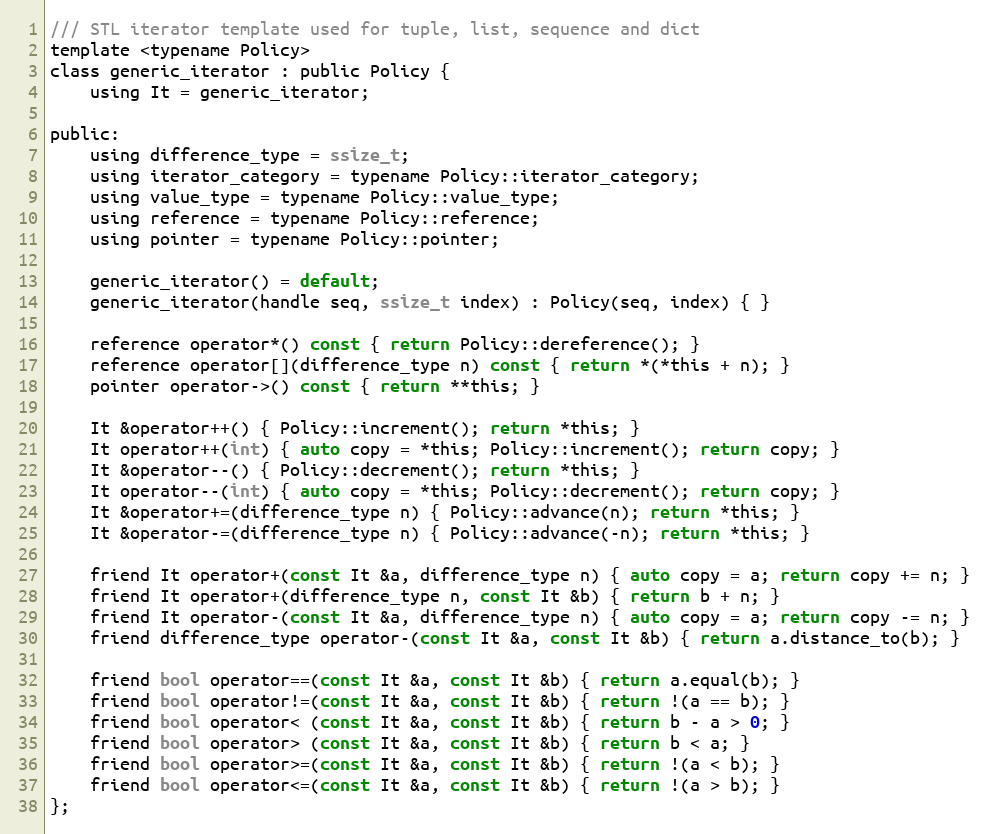
Language: C
/// STL iterator template used for tuple, list, sequence and dict
template <typename Policy>
class generic_iterator : public Policy {
    using It = generic_iterator;

public:
    using difference_type = ssize_t;
    using iterator_category = typename Policy::iterator_category;
    using value_type = typename Policy::value_type;
    using reference = typename Policy::reference;
    using pointer = typename Policy::pointer;

    generic_iterator() = default;
    generic_iterator(handle seq, ssize_t index) : Policy(seq, index) { }

    reference operator*() const { return Policy::dereference(); }
    reference operator[](difference_type n) const { return *(*this + n); }
    pointer operator->() const { return **this; }

    It &operator++() { Policy::increment(); return *this; }
    It operator++(int) { auto copy = *this; Policy::increment(); return copy; }
    It &operator--() { Policy::decrement(); return *this; }
    It operator--(int) { auto copy = *this; Policy::decrement(); return copy; }
    It &operator+=(difference_type n) { Policy::advance(n); return *this; }
    It &operator-=(difference_type n) { Policy::advance(-n); return *this; }

    friend It operator+(const It &a, difference_type n) { auto copy = a; return copy += n; }
    friend It operator+(difference_type n, const It &b) { return b + n; }
    friend It operator-(const It &a, difference_type n) { auto copy = a; return copy -= n; }
    friend difference_type operator-(const It &a, const It &b) { return a.distance_to(b); }

    friend bool operator==(const It &a, const It &b) { return a.equal(b); }
    friend bool operator!=(const It &a, const It &b) { return !(a == b); }
    friend bool operator< (const It &a, const It &b) { return b - a > 0; }
    friend bool operator> (const It &a, const It &b) { return b < a; }
    friend bool operator>=(const It &a, const It &b) { return !(a < b); }
    friend bool operator<=(const It &a, const It &b) { return !(a > b); }
};